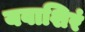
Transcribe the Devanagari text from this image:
यवाशिरं